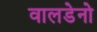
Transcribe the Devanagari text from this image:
वालडेनो